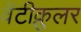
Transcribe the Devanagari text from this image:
वेंटीक्रुलर